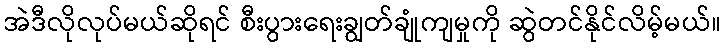
အဲဒီလိုလုပ်မယ်ဆိုရင် စီးပွားရေးချွတ်ချုံကျမှုကို ဆွဲတင်နိုင်လိမ့်မယ်။